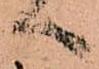
へ